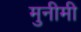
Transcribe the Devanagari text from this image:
मुनीमी